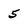
Character: 5